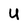
Character: U